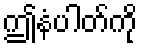
ဤနံပါတ်ကို